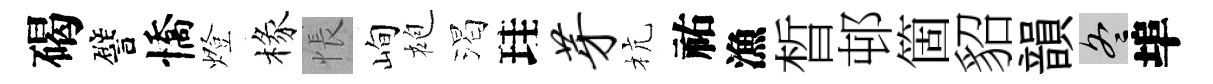
碣譬憍燈椽悵峋袍渴珪芽杭祐漁晳邨箇貂韻冬埠